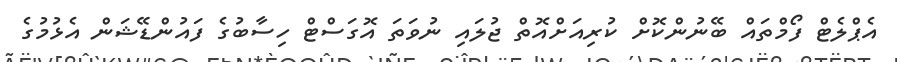
އެޕްލެޓް ފޯމްތައް ބޭނުންކޮށް ކުރިއަށްއޮތް ޖުލައި ނުވަތަ އޮގަސްޓް ހިސާބުގެ ފައުންޑޭޝަން އެޅުމުގެ